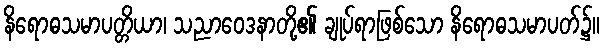
နိရောဓသမာပတ္တိယာ၊ သညာဝေဒနာတို့၏ ချုပ်ရာဖြစ်သော နိရောဓသမာပတ်၌။